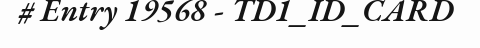
# Entry 19568 - TD1_ID_CARD